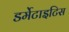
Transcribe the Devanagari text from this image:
डर्मेटाइटिस